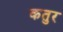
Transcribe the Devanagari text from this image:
कतुर